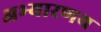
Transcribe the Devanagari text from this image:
अभ्‍यारणय